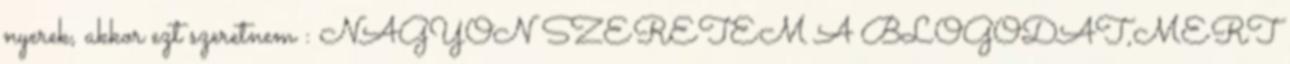
nyerek, akkor ezt szeretnem : NAGYON SZERETEM A BLOGODAT,MERT